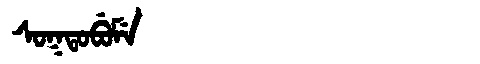
Manchu: ᠰᠣᡴᡨᠣᠪᡠᠮᡝ
Romanization: SOKTOBUME